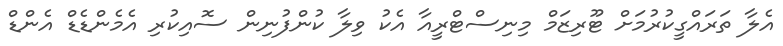
އެލާ ތަރައްގީކުރުމަށް ޓޫރިޒަމް މިނިސްޓްރީއާ އެކު ވިލާ ކުންފުނިން ސޮއިކުރި އެމެންޑެޑް އެންޑް